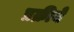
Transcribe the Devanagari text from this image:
प्रक्रीये